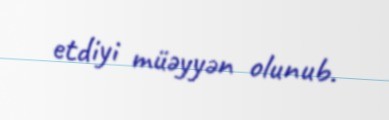
etdiyi müəyyən olunub.